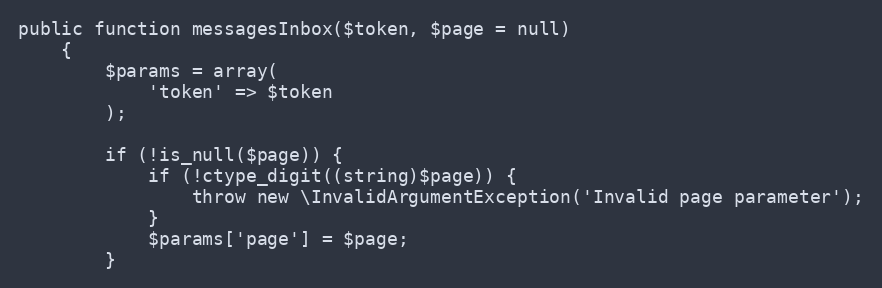
Language: PHP
public function messagesInbox($token, $page = null)
    {
        $params = array(
            'token' => $token
        );

        if (!is_null($page)) {
            if (!ctype_digit((string)$page)) {
                throw new \InvalidArgumentException('Invalid page parameter');
            }
            $params['page'] = $page;
        }